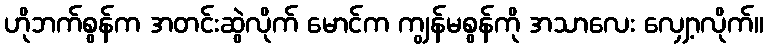
ဟိုဘက်စွန်က အတင်းဆွဲလိုက် မောင်က ကျွန်မစွန်ကို အသာလေး လျှော့လိုက်။